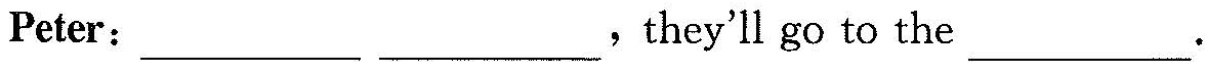
Peter：___ ___，they'll go to the ___.